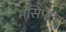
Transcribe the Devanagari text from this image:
मसिपात्र